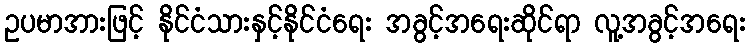
ဥပမာအားဖြင့် နိုင်ငံသားနှင့်နိုင်ငံရေး အခွင့်အရေးဆိုင်ရာ လူ့အခွင့်အရေး